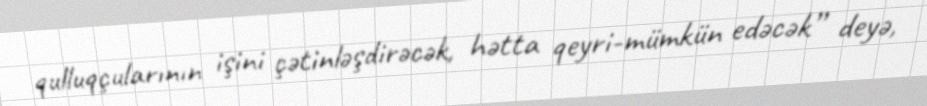
qulluqçularının işini çətinləşdirəcək, hətta qeyri-mümkün edəcək” deyə,